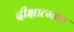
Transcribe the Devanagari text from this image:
दीक्षात्मक